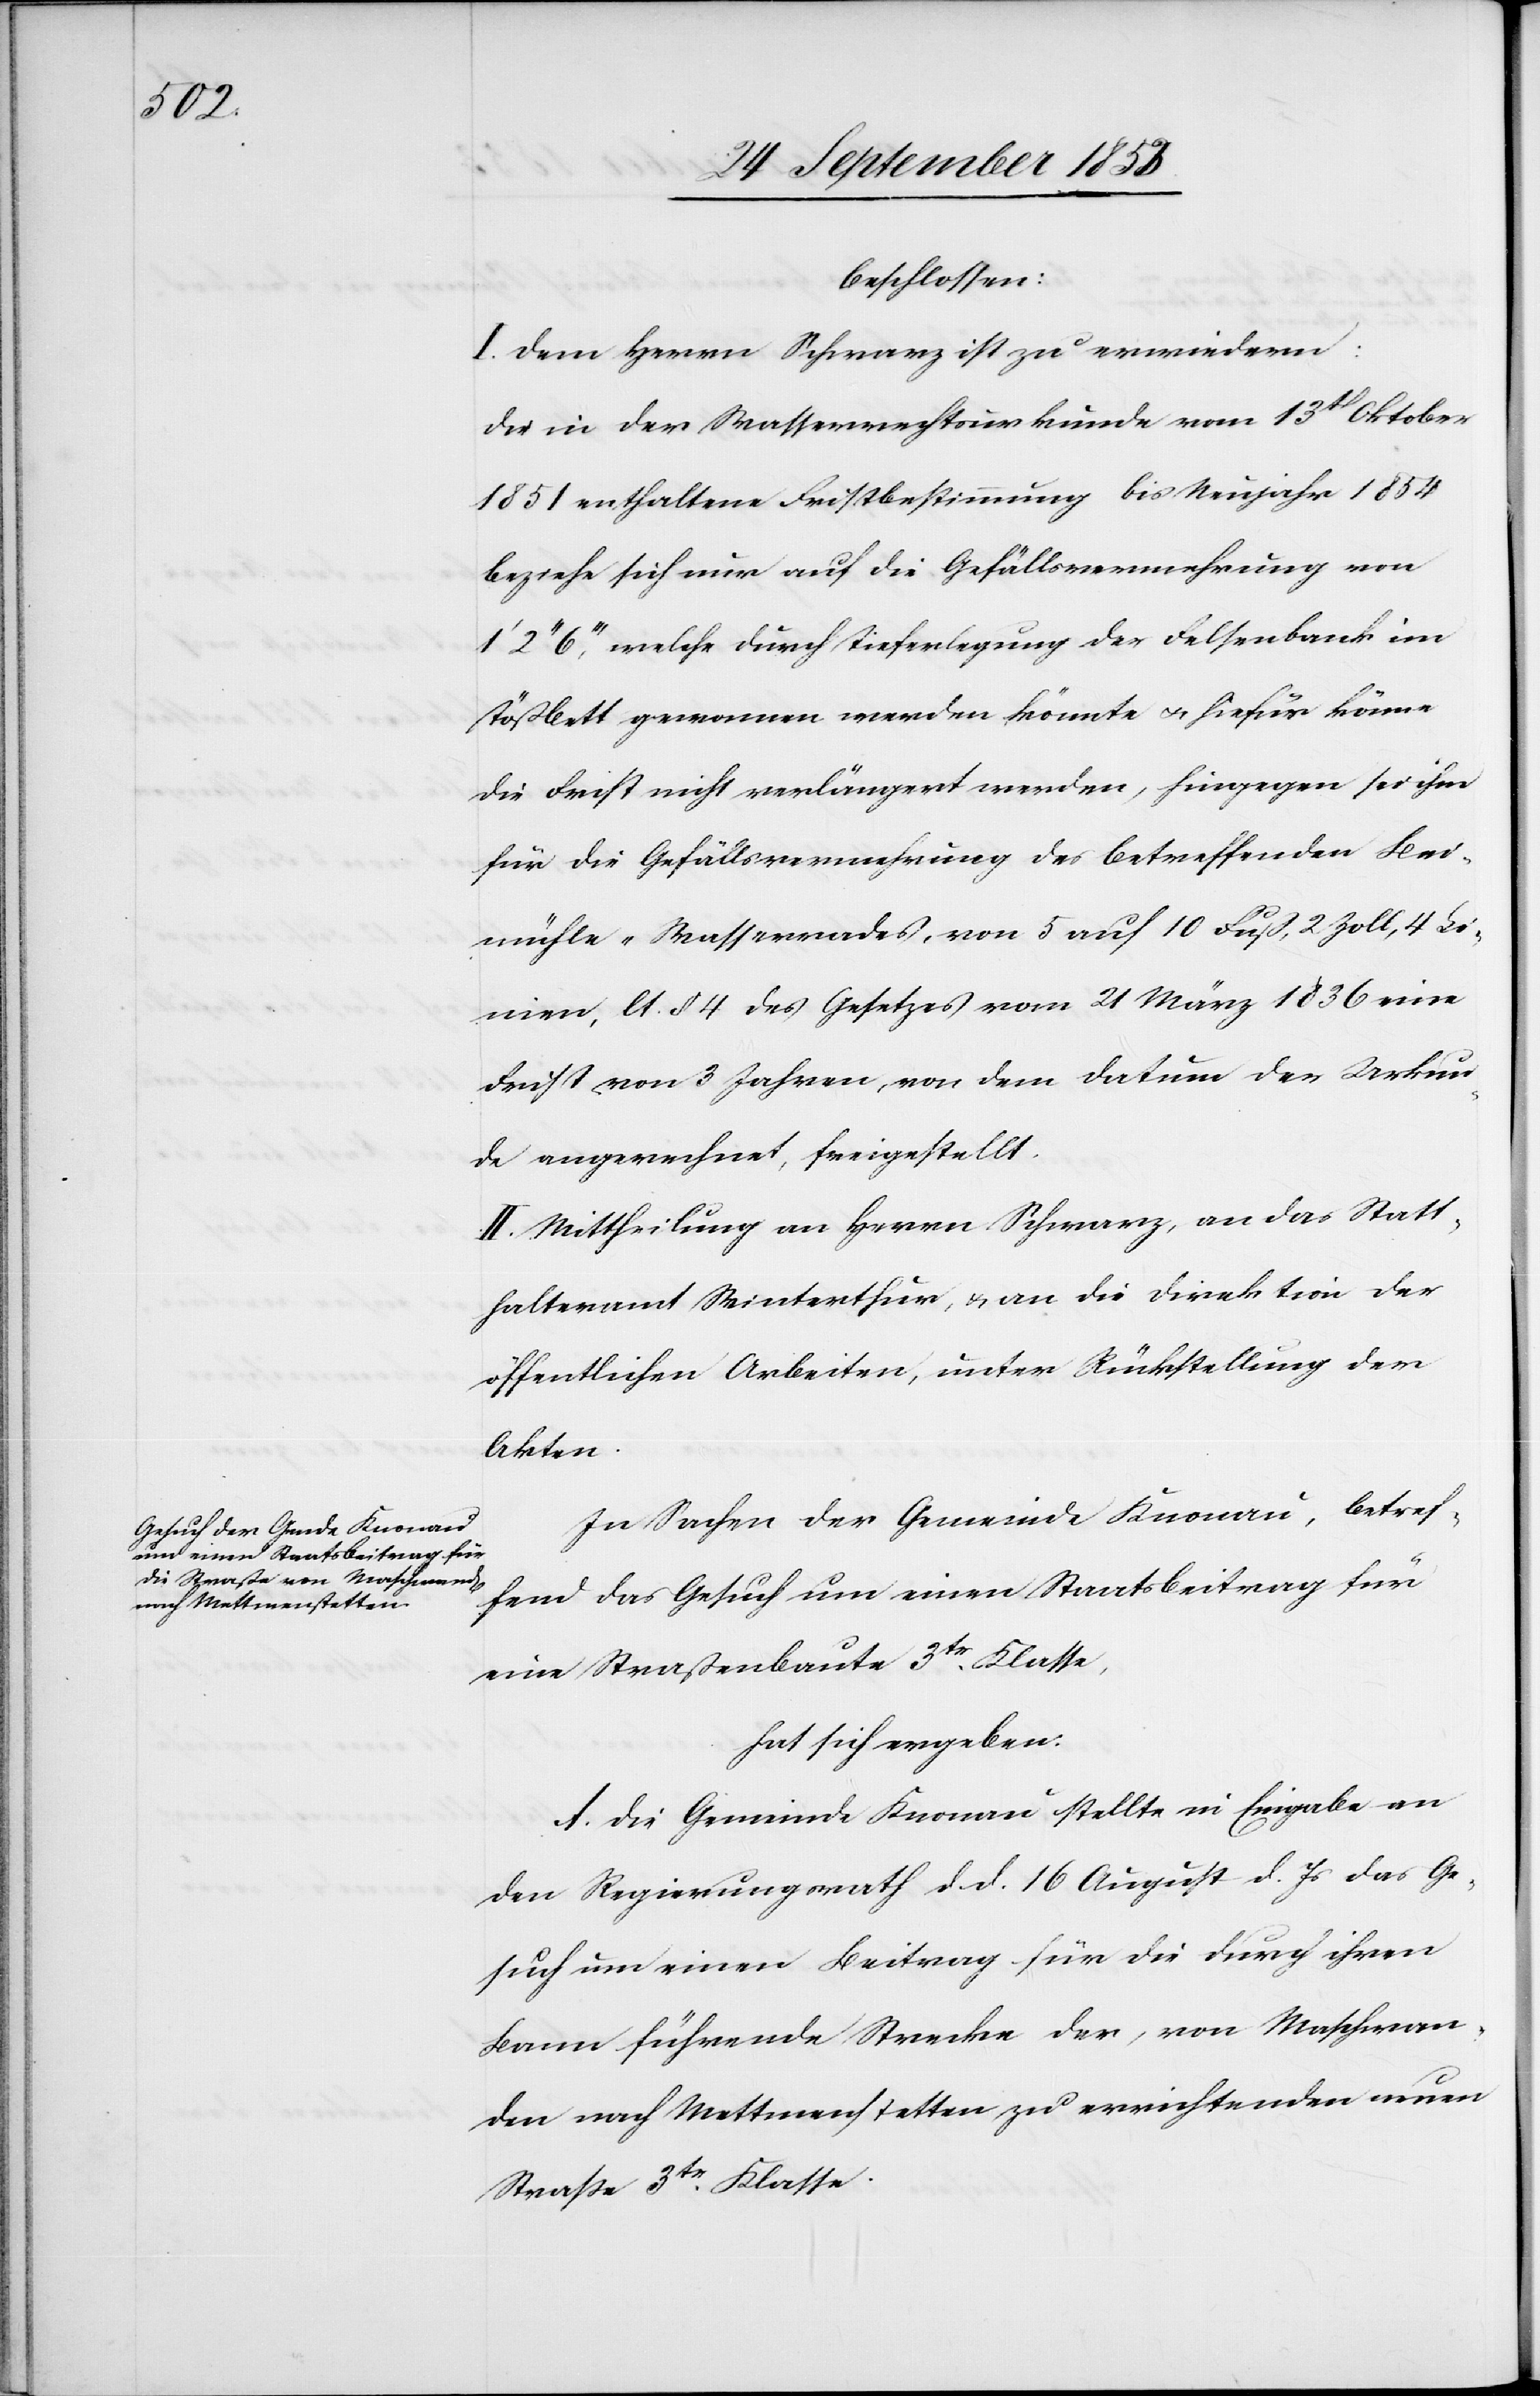
beschlossen:
I. Dem Herrn Schwarz ist zu erwiedern:
Die in der Wasserrechtsurkunde vom 13t Oktober
1851 enthaltene Fristbestimmung bis Neujahr 1854
beziehe sich nur auf die Gefällsvermehrung von
2“ 6’’’, welche durch Tieferlegung der Felsenbank im
Tößbett gewonnen werden könnte u. hiefür könne
die Frist nicht verlängert werden, hingegen sei ihm
für die Gefällsmehrung des betreffenden Bei¬
mühle-Wasserrades, von 5 auf 10 fuß, 2 Zoll, 4 Li¬
nien, lt. § 4 des Gesetzes vom 21 März 1836 eine
Frist von 3 Jahren, von dem Datum der Urkun¬
de angerechnet, freigestellt.
II. Mittheilung an Herrn Schwarz, an das Statt¬
halteramt Winterthur, u. an die Direktion der
öffentlichen Arbeiten, unter Rückstellung der
Akten.
In Sachen der Gemeinde Knonau, betref¬
fend das Gesuch um einen Staatsbeitrag für
eine Straßenbaute 3tr Klasse,
hat sich ergeben:
A. Die Gemeinde Knonau stellt in Eingabe an
den Regierungsrath d. d. 16 August d. Js. das Ge¬
such um einen Beitrag für die durch ihren
Bann führende Strecke der, von Maschwan¬
den nach Mettmenstetten zu errichtenden neuen
Straße 3tr Klasse.